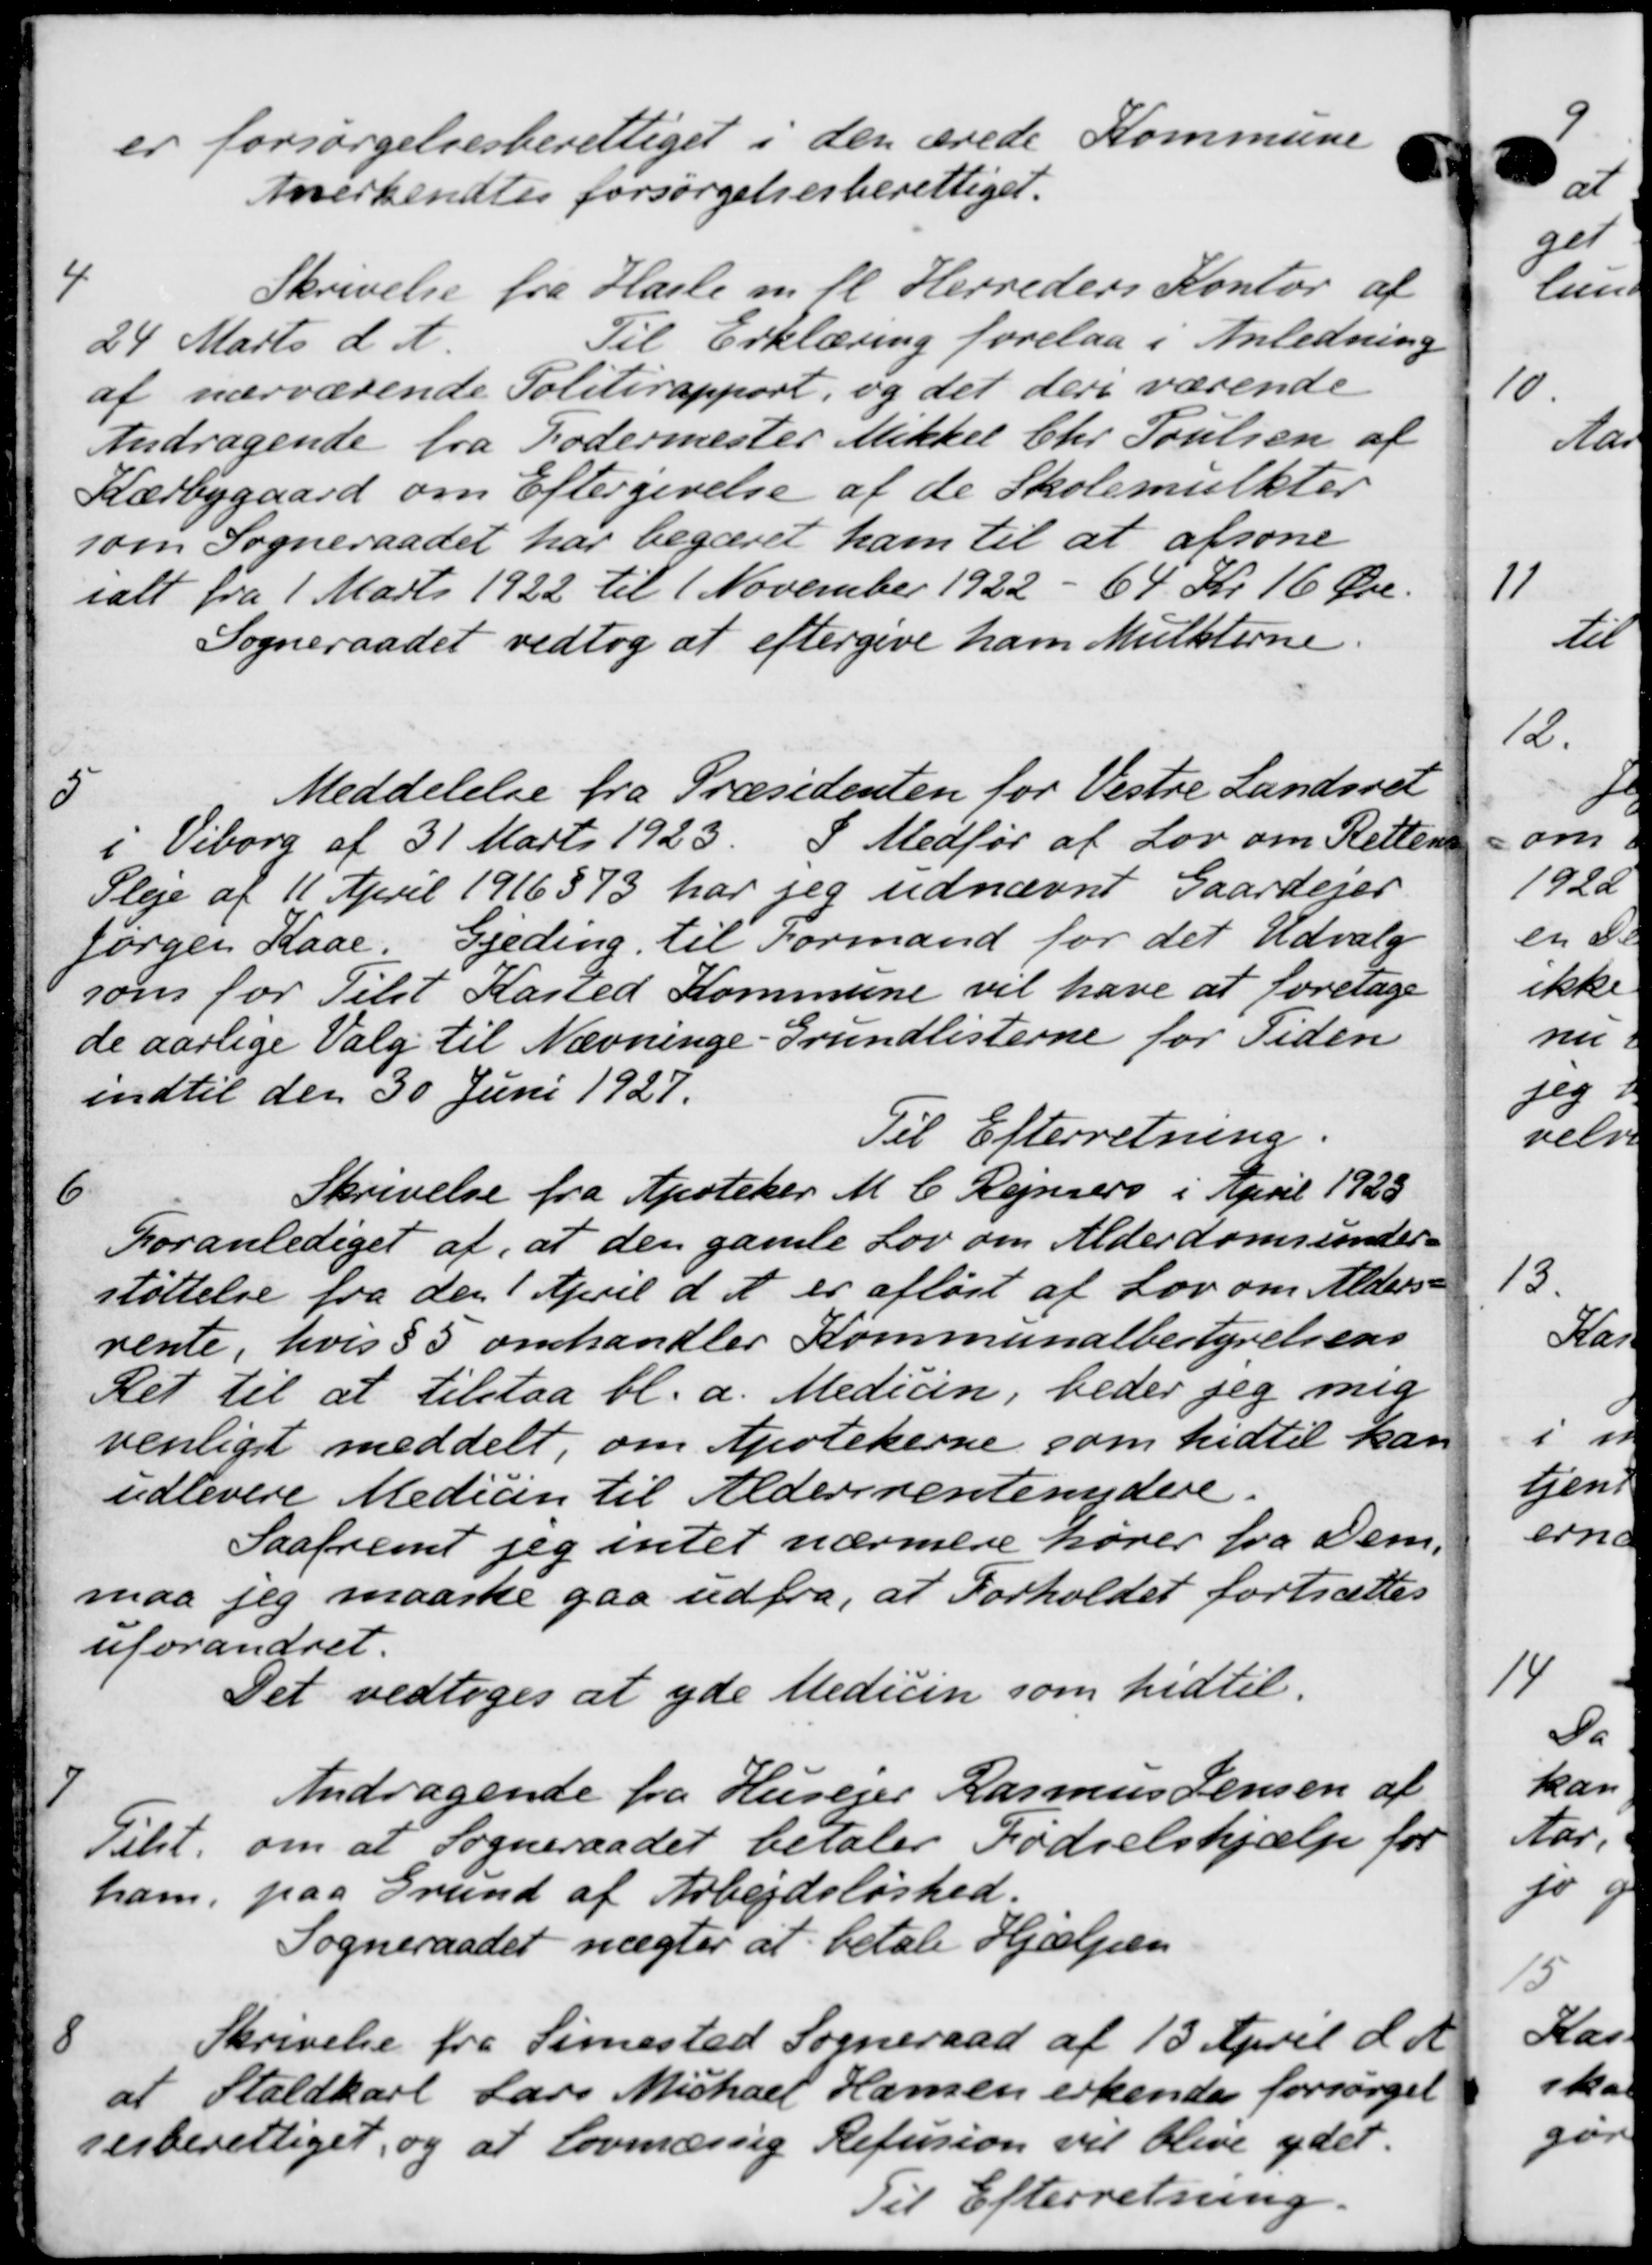
Transskription:
er forsørgelsesberettiget i den ærede Kommune
Anerkendtes forsørgelsesberettiget.
4
Skrivelse fra Hasle m. fl. Herreders Kontor af
24 Marts d. A.
Til Erklæring forelaa i Anledning
af nærværende Politirapport, og det dere værende
Andragende fra Fodermester Mikkel Chr. Poulsen af
Kærbygaard om Eftergivelse af de Skolemulkter
som Sogneraadet har begæret ham til at afsone
ialt fra 1 Marts 1922 til 1 November 1922 - 64 Kr. 16 Øre.
Sogneraadet vedtog at eftergive ham Mulkterne.
5
Meddelelse fra Præsidenten for Vestre Landsret
i Viborg af 31 Marts 1923. I Medfør af Lov om Retteren
Pleje af 11 April 1916373 har jeg udnævnt Gaardejer
Jørgen Kaae Gjeding til Formand for det Udvalg
som for Tilst Kasted Kommune vil have at foretage
de aarlige Valg til Nævninge-Grundlisterne for Tiden
indtil den 30 Juni 1927.
Til Efterretning.
6
Skrivelse fra Apoteker M. C. Rejsers i April 1923
Foranlediget af, at den gamle Lov om Alderdomsunder-
støttelse fra den 1 April d. A. er afløst af Lov om Alders-
rente, hvis § 5 omhandler Kommunalbestyrelsens
Ret til at tilstaa bl.a. Medicin, beder jeg mig
venliget meddelt, om Apotekerne som hidtil kan
udlevere Medicin til Aldersrentenydere.
Saafremt jeg intet nærmere hører fra Dem,
maa jeg maaske gaa udfra, at Forholdet fortsættes
uforandret.
Det vedtoges at yde Medicin som hidtil.
7
Andragende fra Husejer Rasmus Jensen af
Tilst. om at Sogneraadet betaler Fødselshjælp for
ham. paa Grund af Arbejdsløshed.
Sogneraadet nægter at betale Hjælpen

Skrivelse fra Simested Sogneraad af 13 April d. A.
af Staldkarl Lars Michael Hansen erkendes forsørgel
sesberettiget, og at lovmæssig Refusion vil blive ydet.
Til Efterretning.